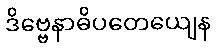
ဒိဗ္ဗေနာဓိပတေယျေန